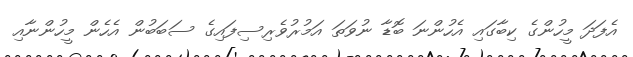
އެފަދަ މީހުންގެ ކިބާގައި އެހުންނަ ބޮޑާ ނުވަތަ އަމުރުވެރިސިފައިގެ ސަބަބުން އެހެން މީހުންނާއި